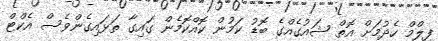
ފިލްމް ހެދުމަށް އޮތް ޝައުގެއްގެ ބޮޑު ކަމުން ކޮއްކޮމެން ގައިގާ ތަޅައިގެންވެސް އެކްޓް